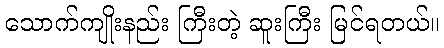
သောက်ကျိုးနည်း ကြီးတဲ့ ဆူးကြီး မြင်ရတယ်။